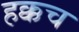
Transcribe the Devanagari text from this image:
हक्कच